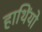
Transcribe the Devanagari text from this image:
हाथिंयो